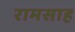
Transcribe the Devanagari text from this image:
रामसाह